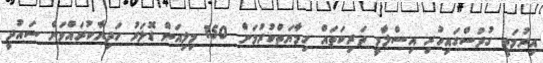
އިރުމަތީ ގުދުސްގައިހުރި އިސްލާމީ ތަރިކަތައް ހިމާޔަތްކުރުމަށް 150 މިލިއަން ޑޮލަރު ހަދިޔާކުރައްވަން ސައުދީ